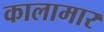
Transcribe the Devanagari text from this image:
कालामार